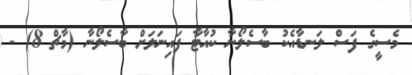
މެސީގެ ފަސް ލަނޑާއެކު ބާސެލޯނާ ކުއާޓާ ފައިނަލަށް ބާސެލޯނާ (މާޗް 8) -